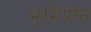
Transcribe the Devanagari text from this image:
भूमिपोन